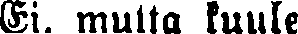
Ei, muita kuule